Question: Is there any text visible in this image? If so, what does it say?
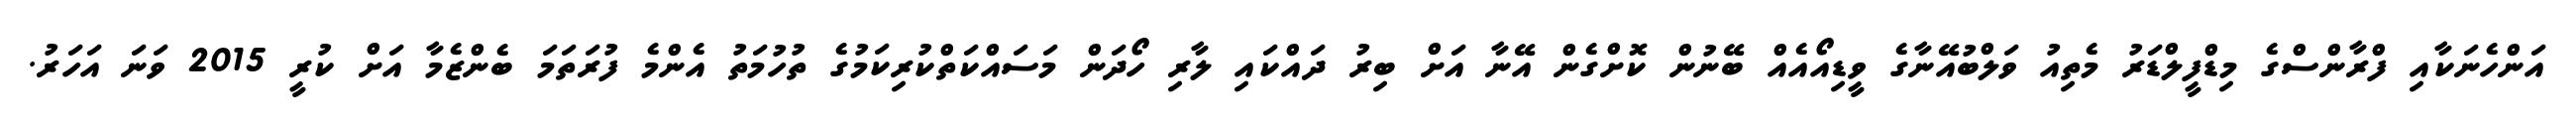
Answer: އަންހެނަކާއި ފްރާންސްގެ މިޑްފީލްޑަރު މެތިއު ވަލްބުއޭނާގެ ވީޑިއޯއެއް ބޭނުން ކޮށްގެން އޭނާ އަށް ބިރު ދައްކައި ލާރި ހޯދަން މަސައްކަތްކުރިކަމުގެ ތުހުމަތު އެންމެ ފުރަތަމަ ބެންޒެމާ އަށް ކުރީ 2015 ވަނަ އަހަރު.